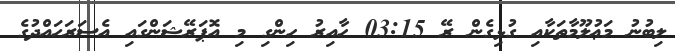
ލިބުނު މަޢުލޫމާތަކާއި ގުޅިގެން ރޭ 03:15 ހާއިރު ހިންގި މި އޮޕަރޭޝަންގައި އެސަރަޙައްދުގެ